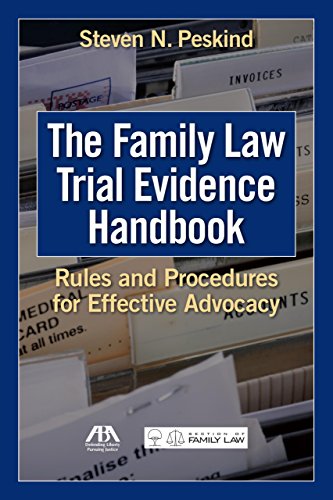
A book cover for The Family Law Trial Evidence Handbook: Rules and Procedures for Effective Advocacy; Steven N. Peskind; Law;